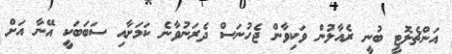
އަންޗެލޮޓީ ބުނީ ރެއާލުން ވަކިވާން ޖެހުނަސް ދެރަނުވާނެ ކަމަށާއި ސަބަބަކީ އޭނާ އަށް